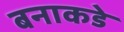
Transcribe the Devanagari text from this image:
बनाकडे